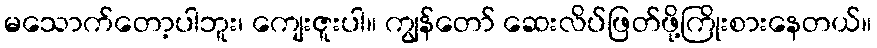
မသောက်တော့ပါဘူး၊ ကျေးဇူးပါ။ ကျွန်တော် ဆေးလိပ်ဖြတ်ဖို့ကြိုးစားနေတယ်။